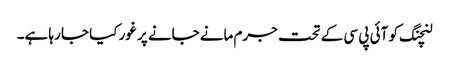
لنچنگ کو آئی پی سی کے تحت جرم مانے جانے پر غور کیا جا رہا ہے۔